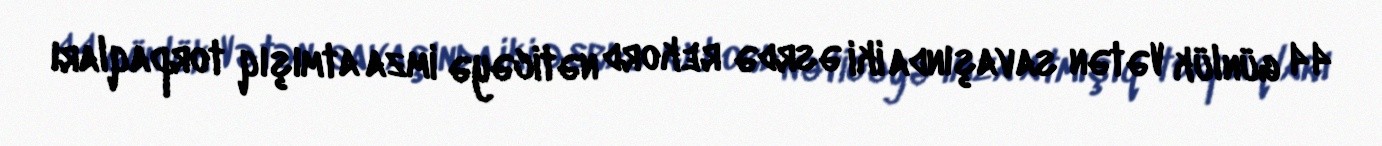
44 günlük Vətən savaşında iki əsrdə rekord nəticəyə imza atmışıq torpaqları